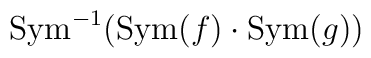
\mbox{Sym}^{-1}(\mbox{Sym}(f)\cdot\mbox{Sym}(g))